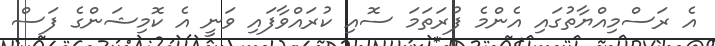
އެ ރަސްމިއްޔާތުގައި އެންމެ ފުރަތަމަ ސޮއި ކުރައްވާފައި ވަނީ އެ ކޮމިޝަންގެ ފަސް